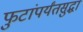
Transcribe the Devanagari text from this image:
फुटांपर्यंतसुद्धा